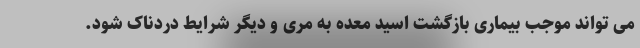
می تواند موجب بیماری بازگشت اسید معده به مری و دیگر شرایط دردناک شود.